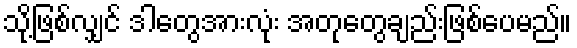
သို့ဖြစ်လျှင် ဒါတွေအားလုံး အတုတွေချည်းဖြစ်ပေမည်။